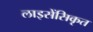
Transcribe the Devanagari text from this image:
लाइसेंसिकृत